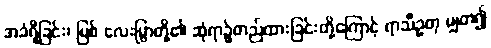
အခံရှိခြင်း၊ မြစ် လေးမြွာတို့၏ ဆုံရာ၌တည်ထားခြင်းတို့ကြောင့် ရာသီဥတု မျှတ၍